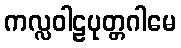
ကလ္လဝါဠပုတ္တဂါမေ